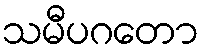
သမီပဂတော